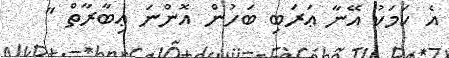
އެ ކަމަކު އޭނާ ޢަރަބި ބަހުން އޮންނަ ޢިބާރާތް "